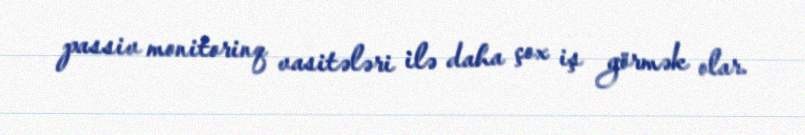
passiv monitorinq vasitələri ilə daha çox iş görmək olar.